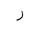
Letter: _ra